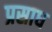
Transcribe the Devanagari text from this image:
प्रसाध